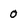
Character: 0